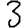
Digit: 3